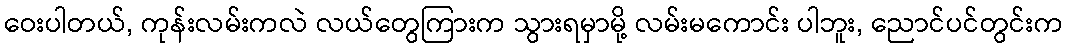
ဝေးပါတယ်, ကုန်းလမ်းကလဲ လယ်တွေကြားက သွားရမှာမို့ လမ်းမကောင်း ပါဘူး, ညောင်ပင်တွင်းက